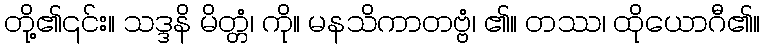
တို့၏၎င်း။ သဒ္ဒနိ မိတ္တံ၊ ကို။ မနသိကာတဗ္ဗံ၊ ၏။ တဿ၊ ထိုယောဂီ၏။